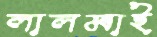
লালমাই